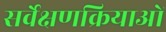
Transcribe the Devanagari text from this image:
सर्वेक्षणक्रियाओं